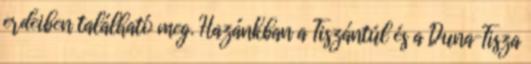
erdeiben található meg. Hazánkban a Tiszántúl és a Duna–Tisza